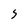
Character: 5